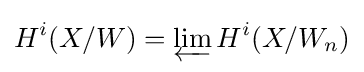
H^{i}(X/W)=\varprojlim H^{i}(X/W_{n})